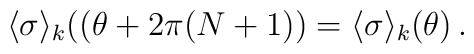
\langle\sigma\rangle_{k}\bigl((\theta + 2\pi (N+1)\bigr) = \langle\sigma\rangle_{k}\bigl( \theta\bigr)\, .